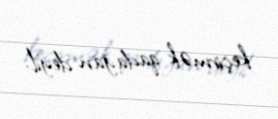
keçirmək qadağan deyil.